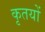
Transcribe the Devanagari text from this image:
कृतयों